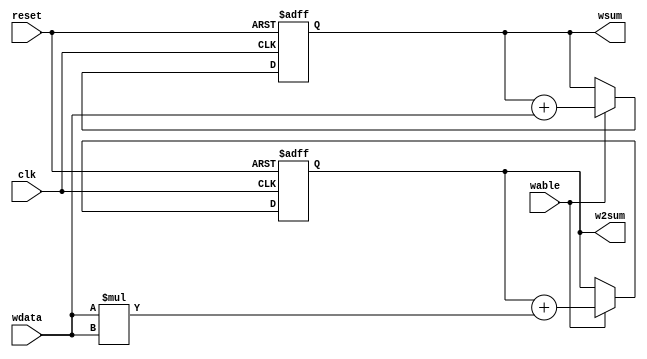
module calc_serial_windowcalc(clk, reset, wdata, wable, wsum, w2sum);
input clk;
input reset;
input [2:0] wdata;
input wable;
output reg [10:0] wsum;
output reg [13:0] w2sum;

always@(posedge clk or negedge reset)
begin
	if (reset == 0)
		begin
			wsum <= 0;
			w2sum <= 0;
		end
	else
	begin
		if (wable == 1)
		begin
			wsum <= wsum + wdata;
			w2sum <= w2sum + wdata * wdata;
		end
		else
		begin
			wsum <= wsum;
			w2sum <= w2sum;
		end
	end
end

endmodule